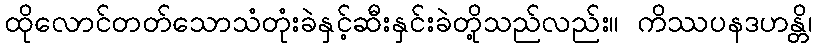
ထိုလောင်တတ်သောသံတုံးခဲနှင့်ဆီးနှင်းခဲတို့သည်လည်း။ ကိဿပနဒဟန္တိ၊